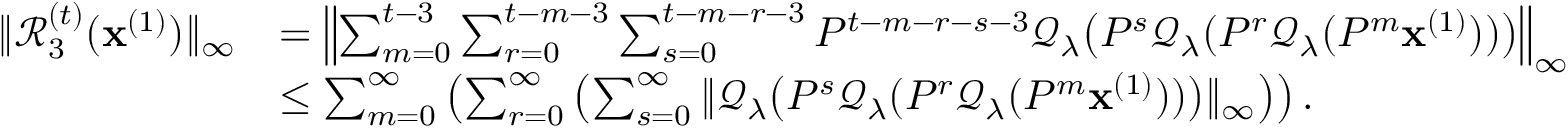
\begin{array} { r l } { \| \mathcal { R } _ { 3 } ^ { ( t ) } ( \mathbf { x } ^ { ( 1 ) } ) \| _ { \infty } } & { = \left\| \sum _ { m = 0 } ^ { t - 3 } \sum _ { r = 0 } ^ { t - m - 3 } \sum _ { s = 0 } ^ { t - m - r - 3 } P ^ { t - m - r - s - 3 } \mathcal { Q } _ { \lambda } \big ( P ^ { s } \mathcal { Q } _ { \lambda } ( P ^ { r } \mathcal { Q } _ { \lambda } ( P ^ { m } \mathbf { x } ^ { ( 1 ) } ) ) \big ) \right\| _ { \infty } } \\ & { \leq \sum _ { m = 0 } ^ { \infty } \left( \sum _ { r = 0 } ^ { \infty } \left( \sum _ { s = 0 } ^ { \infty } \| \mathcal { Q } _ { \lambda } \big ( P ^ { s } \mathcal { Q } _ { \lambda } ( P ^ { r } \mathcal { Q } _ { \lambda } ( P ^ { m } \mathbf { x } ^ { ( 1 ) } ) ) \big ) \| _ { \infty } \right) \right) . } \end{array}